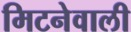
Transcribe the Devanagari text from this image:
मिटनेवाली